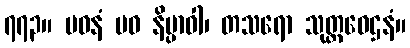
၇၇၃။ ပဝနံ ပဝ နိပ္ပာဝါ၊ တသရော သုတ္တဝေဌနံ။